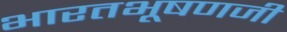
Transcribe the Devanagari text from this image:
भारतभूषणजी